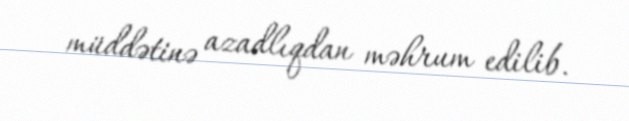
müddətinə azadlıqdan məhrum edilib.